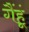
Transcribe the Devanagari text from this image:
गैंहूं